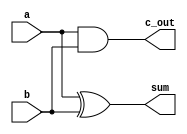
module half_add(input a, 
		input b, 
		output sum, 
		output c_out);

xor (sum, a, b);
and (c_out, a, b);
endmodule

module full_add(input a,
		input b,
		input c_in,
		output c_out,
		output sum);

	wire w1, w2, w3;

half_add h1(a, b, w1, w2);
half_add h2(c_in, w1, sum, w3);
or (c_out, w2, w3);
endmodule

module MUX_4x1 (input S1, S0,
		input I1, I2,
		output Y);
	
		wire w1, w2;

and (w1, I1, S0);
and (w2, I2, S1);
or(Y, w1, w2);
endmodule

module AU_4(input [3:0] A, B,
		input S1, S0,
		input Cin,
		output Cout,
		output [3:0] G);


		wire c_in1, c_in2, c_in3;
		wire [3:0] Bbar, Y;

not (Bbar[0], B[0]);
not (Bbar[1], B[1]);
not (Bbar[2], B[2]);
not (Bbar[3], B[3]);

MUX_4x1 M1(S1, S0, B[0], Bbar[0], Y[0]);
MUX_4x1 M2(S1, S0, B[1], Bbar[1], Y[1]);
MUX_4x1 M3(S1, S0, B[2], Bbar[2], Y[2]);
MUX_4x1 M4(S1, S0, B[3], Bbar[3], Y[3]); 

full_add M5(A[0], Y[0], Cin, c_in1, G[0]);
full_add M6(A[1], Y[1], c_in1, c_in2, G[1]);
full_add M7(A[2], Y[2], c_in2, c_in3, G[2]);  
full_add M8(A[3], Y[3], c_in3, Cout, G[3]);
 
endmodule